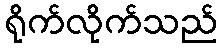
ရိုက်လိုက်သည်